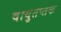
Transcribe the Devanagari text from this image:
वायुतप्तक